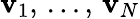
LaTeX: \displaystyle\mathbf{v}_{1},\, \ldots,\, \mathbf{v}_{N}